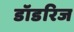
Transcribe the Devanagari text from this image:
डॉडरिज